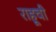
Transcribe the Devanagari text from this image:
राहूची